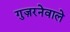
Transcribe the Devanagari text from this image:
गुज़रनेवाले